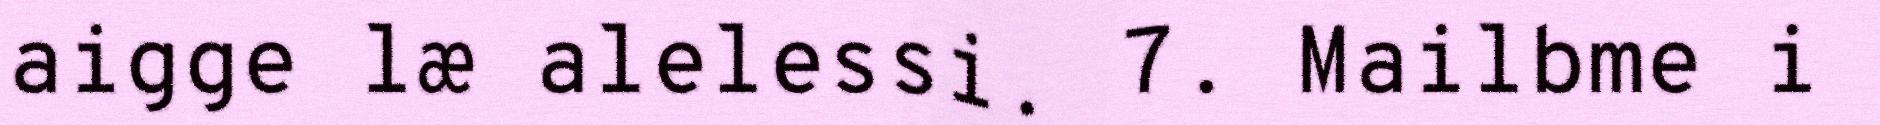
aigge læ alelessi. 7. Mailbme i